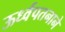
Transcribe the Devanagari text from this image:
ऊर्ध्वपतनाने